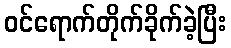
ဝင်ရောက်တိုက်ခိုက်ခဲ့ပြီး